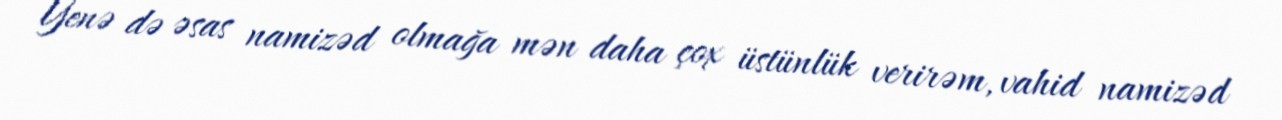
Yenə də əsas namizəd olmağa mən daha çox üstünlük verirəm, vahid namizəd